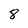
Character: 8